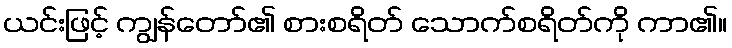
ယင်းဖြင့် ကျွန်တော်၏ စားစရိတ် သောက်စရိတ်ကို ကာ၏။